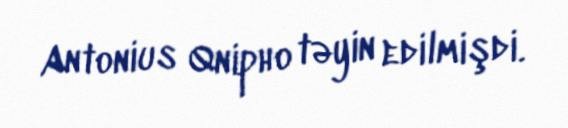
Antonius Qnipho təyin edilmişdi.